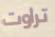
تراوت